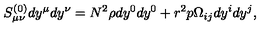
S _ { \mu \nu } ^ { ( 0 ) } d y ^ { \mu } d y ^ { \nu } = N ^ { 2 } \rho d y ^ { 0 } d y ^ { 0 } + r ^ { 2 } p \Omega _ { i j } d y ^ { i } d y ^ { j } ,